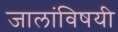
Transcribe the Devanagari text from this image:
जालांविषयी